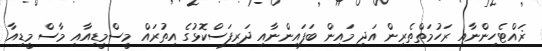
ޜައްޓެހިންނާއި ރަހުމަތްތެރިން އަދި މައިން ބަފައިންނާއި ދަރިފަސްކޮޅުގެ އިތުރައް މީސްމީޑިއާއި މާސް މީޑިއާ